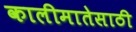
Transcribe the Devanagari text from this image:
कालीमातेसाठी